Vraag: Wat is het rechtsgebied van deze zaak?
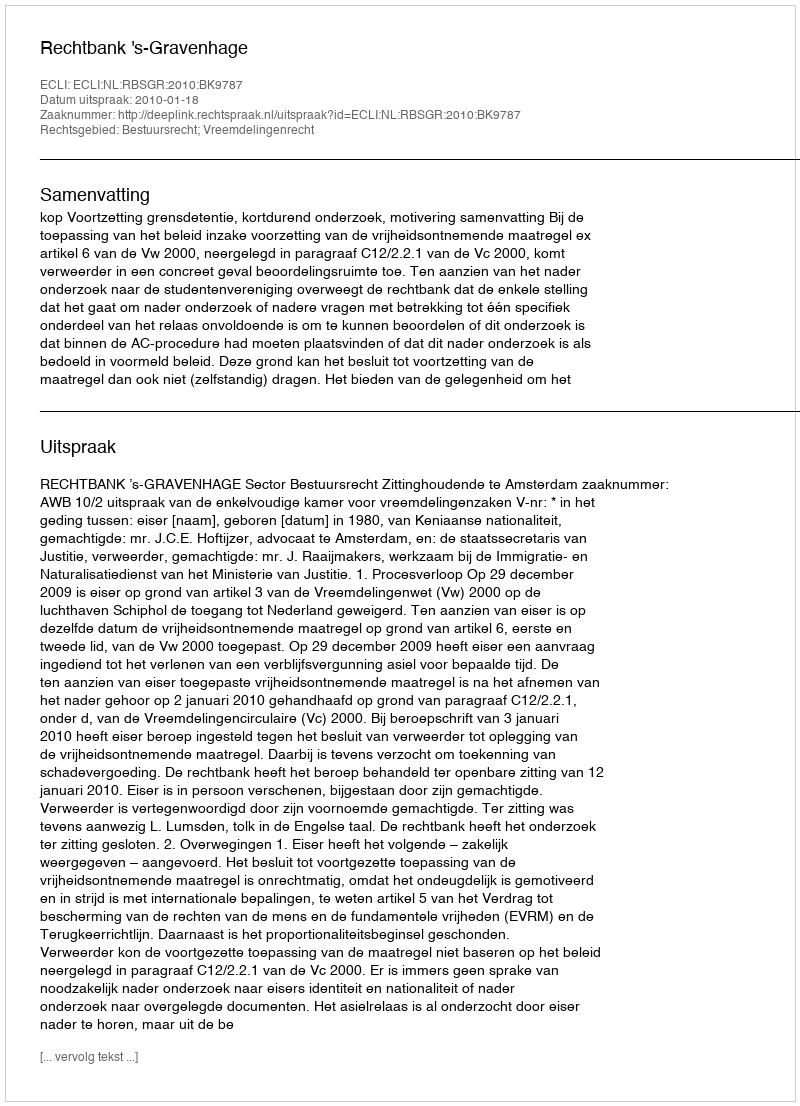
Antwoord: Bestuursrecht; Vreemdelingenrecht